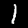
Label: 1